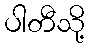
ပါတီသို့